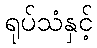
ရုပ်သံနှင့်